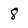
Character: 8